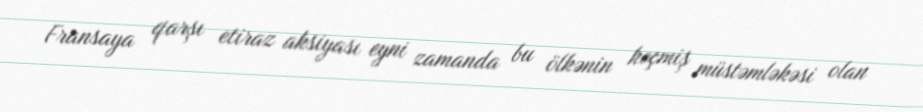
Fransaya qarşı etiraz aksiyası eyni zamanda bu ölkənin keçmiş müstəmləkəsi olan